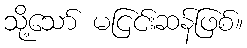
သို့သော် မငြင်းဆန်ဖြစ်။